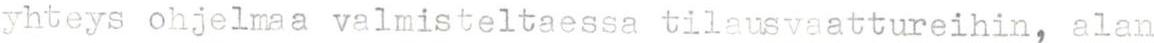
yhteys ohjelmaa valmisteltaessa tilausvaattureihin, alan